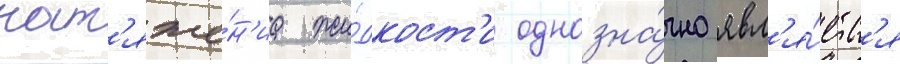
нат'яже́н'иа жи́дкост'и однозна́чно явл'я́етс'я